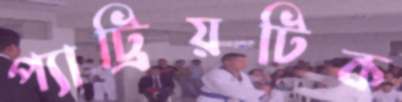
প্যাট্রিয়টিক